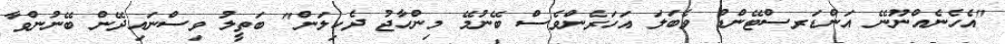
"އެހެނެއްނޫނޭ އަންޑަރސްޓޭންޑް ވެބަލަ އަހަރެންވެސް ބޭނުމޭ މިންހާޖު ދެކިލަން" ބަތީލު ވިސްނައިދޭން ބޭނުންވާ